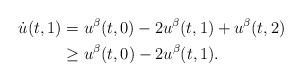
LaTeX: \begin{align*}\dot{u}(t,1) &= u^\beta(t,0) - 2u^\beta(t,1) + u^\beta(t,2) \\&\geq u^\beta(t,0) - 2u^\beta(t,1).\end{align*}